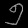
Digit: ၅